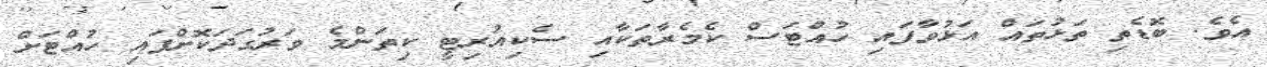
އެވެ. ބޮޑެތި ތަޅުތައް އަޅުވާފައި ހުއްޓަސް ކެމެރާތަކާއި ސެކިއުރިޓީ ކިތަންމެ ވަރުގަދަކޮށްފައި ހުއްޓަށް